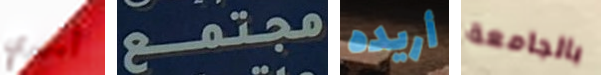
أميري مجتمع أريده بالجامعة